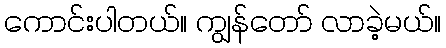
ကောင်းပါတယ်။ ကျွန်တော် လာခဲ့မယ်။